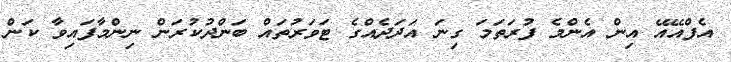
އެފްއޭއޭ އިން އެންމެ ފުރަތަމަ ގިނަ އަދަދެއްގެ ޓަވަރުތައް ބަންދުކުރަން ނިންމާފައިވާ ކަން